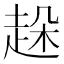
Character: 趓